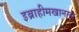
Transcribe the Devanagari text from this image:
इब्राहीमखानला